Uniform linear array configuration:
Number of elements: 12
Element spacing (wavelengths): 0.25
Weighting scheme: blackman
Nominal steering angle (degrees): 45
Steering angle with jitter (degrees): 44.309
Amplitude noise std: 0.05
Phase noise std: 0.05

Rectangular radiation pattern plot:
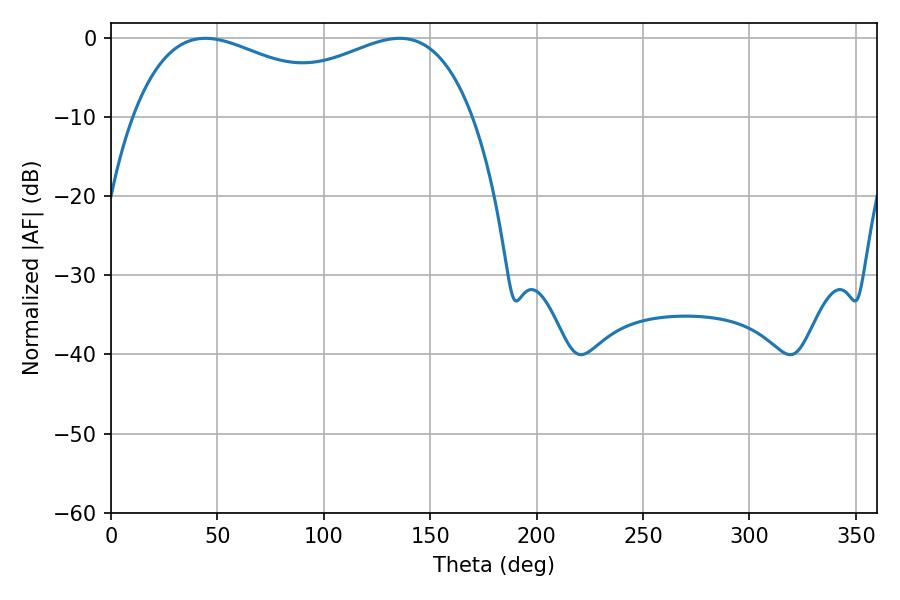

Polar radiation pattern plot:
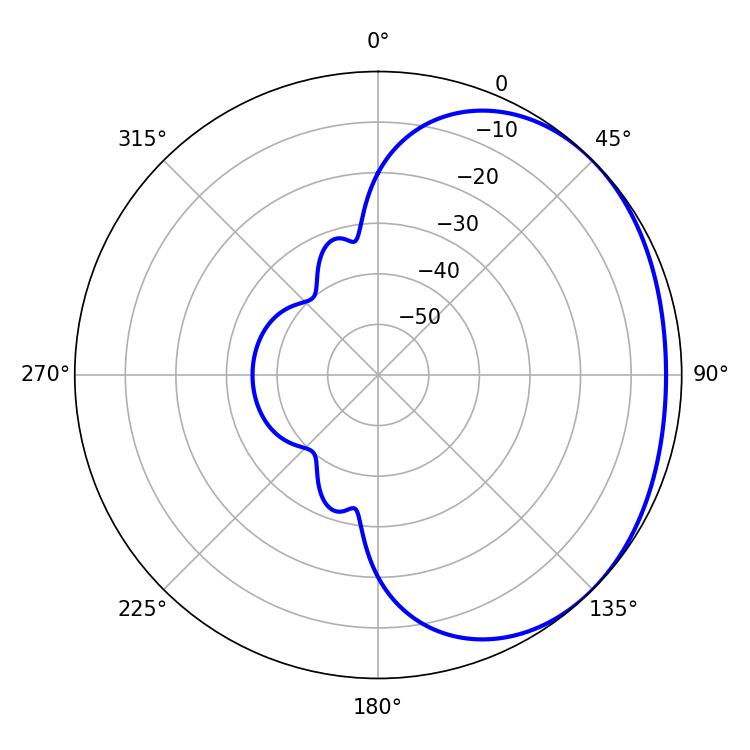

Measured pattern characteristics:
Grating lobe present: FALSE
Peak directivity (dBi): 1.633
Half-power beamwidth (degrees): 61.02
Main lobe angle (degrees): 44.28